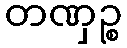
တဏှဉ္စ